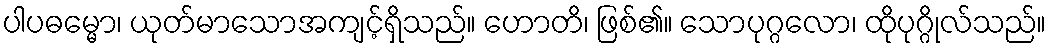
ပါပဓမ္မော၊ ယုတ်မာသောအကျင့်ရှိသည်။ ဟောတိ၊ ဖြစ်၏။ သောပုဂ္ဂလော၊ ထိုပုဂ္ဂိုလ်သည်။